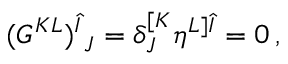
( G ^ { K L } ) _ { ~ J } ^ { \hat { I } } = \delta _ { J } ^ { [ K } \eta ^ { L ] \hat { I } } = 0 \, ,